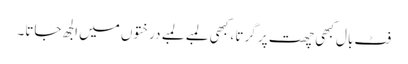
فٹ بال کبھی چھت پر گرتا ، کبھی لمبے لمبے درختوں میں الجھ جاتا۔